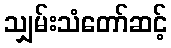
သျှမ်းသံတော်ဆင့်